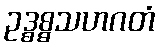
ဥဒ္ဓစ္စသဟဂတံ